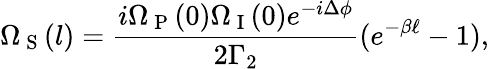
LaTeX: \Omega_{\mathrm{~S~}}({l})=\frac{i\Omega_{\mathrm{~P~}}(0)\Omega_{\mathrm{~I~}}(0)e^{-i\Delta\phi}}{2\Gamma_{2}}(e^{-\beta\ell}-1),